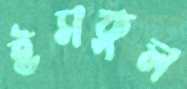
ইসকুল